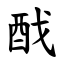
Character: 䣬